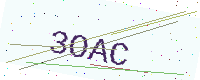
Text: 3OAC